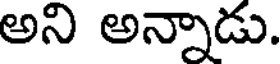
అని అన్నాడు.